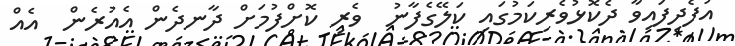
އުފެދިފައިވާ ދެކޮޅުވެރިކަމުގައި ކަލޭގެފާނު  ވެރި ކޮށްފުމަށް ދާނދެން އެއުރެން  އެއް